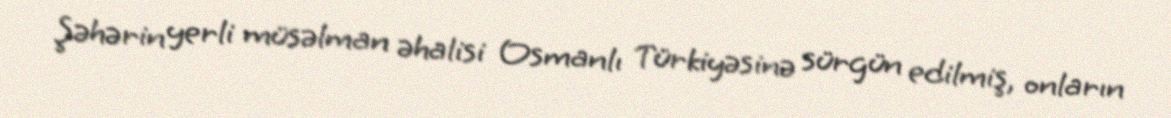
Şəhərin yerli müsəlman əhalisi Osmanlı Türkiyəsinə sürgün edilmiş, onların